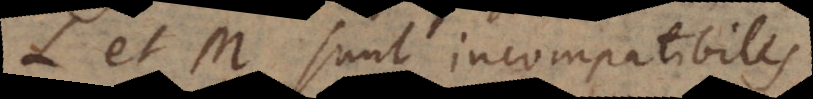
L et M sunt incompatibil